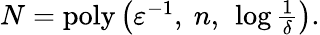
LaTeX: \begin{array}{r}{N=\mathrm{poly}\left(\varepsilon^{-1},\ n,\ \log\frac{1}{\delta}\right).}\end{array}